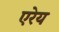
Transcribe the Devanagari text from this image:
एरेय